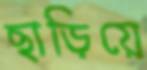
ছাড়িয়ে